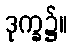
ဒုက္ခ၌။